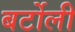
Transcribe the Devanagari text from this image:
बर्टोली